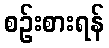
စဉ်းစားရန်